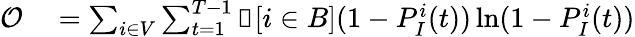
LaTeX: \begin{array}{rl}{\mathcal{O}}&{{}=\sum_{i\in V}\sum_{t=1}^{T-1}\mathbb{1}[i\in B](1-P_{I}^{i}(t))\ln(1-P_{I}^{i}(t))}\end{array}